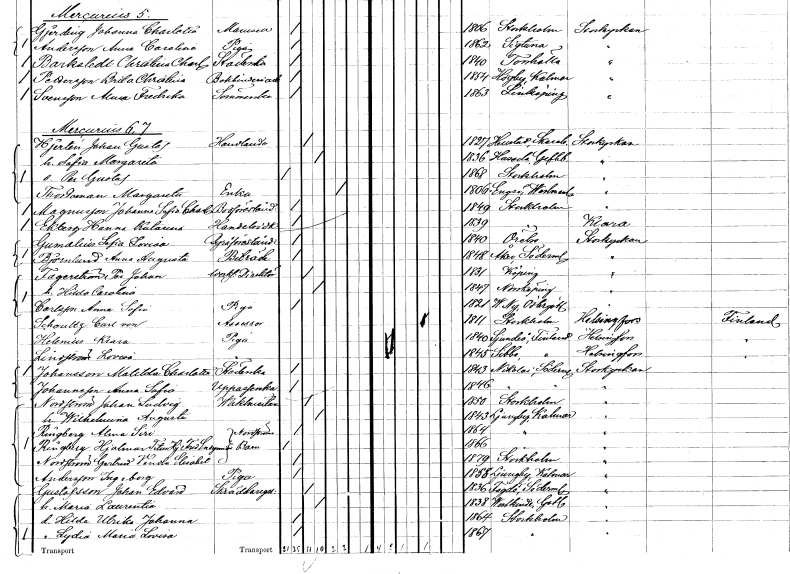
gt_parse: households: individuals: FN: Johan Gustaf
EN: Hjerten
YRKE: Handlande
KON: M
CIV: G
FODAR: 1827
FODFORS: Hällestad Skaraborgs län
FN: Sofia Margareta
KON: K
CIV: G
FODAR: 1836
FODFORS: Hassela Gävleborgs län
FN: Per Gustaf
KON: M
CIV: O
FODAR: 1868
FODFORS: Stockholm
FN: Margareta
EN: Thordman
YRKE: Änka
KON: K
CIV: E
FODAR: 1806
FODFORS: Ängsö Västmanlands län
FN: Johanna Sofia Charlotta
EN: Magnusson
YRKE: Bodföreståndarinna
KON: K
CIV: O
FODAR: 1849
FODFORS: Stockholm
FN: Hanna Katarina
EN: Ekberg
YRKE: Handelsbiträde
KON: K
CIV: O
FODAR: 1839
FODFORS: Stockholm
FN: Sofia Lovisa
EN: Gumalius
YRKE: Byråföreståndarinna
KON: K
CIV: O
FODAR: 1840
FODFORS: Örebro Örebro län
FN: Anna Augusta
EN: Björnlund
YRKE: Biträde
KON: K
CIV: O
FODAR: 1848
FODFORS: Åker Södermanlands län
FN: Per Johan
EN: Fagerström
YRKE: Verkstadsdirektör
KON: M
CIV: G
FODAR: 1831
FODFORS: Köping Västmanlands län
FN: Hilda Carolina
KON: K
CIV: G
FODAR: 1847
FODFORS: Norrköping Östergötlands län
FN: Anna Sofia
EN: Carlsson
YRKE: Piga
KON: K
CIV: O
FODAR: 1821
FODFORS: Västra Ny Östergötlands län
FN: Carl
EN: von Schoultz
YRKE: Assessor
KON: M
CIV: E
FODAR: 1811
FODFORS: Stockholm
FN: Klara
EN: Helenius
YRKE: Piga
KON: K
CIV: O
FODAR: 1840
FN: Lovisa
EN: Lindström
YRKE: Piga
KON: K
CIV: O
FODAR: 1845
FN: Matilda Charlotta
EN: Johansson
YRKE: Städerska
KON: K
CIV: O
FODAR: 1843
FODFORS: Nikolai Södermanlands län
FN: Anna Sofia
EN: Johansson
YRKE: Uppasserska
KON: K
CIV: O
FODAR: 1846
FODFORS: Nikolai Södermanlands län
FN: Johan Ludvig
EN: Nordström
YRKE: Vaktmästare
KON: M
CIV: G
FODAR: 1850
FODFORS: Stockholm
FN: Wilhelmina Augusta
KON: K
CIV: G
FODAR: 1843
FODFORS: Ljungby Kalmar län
FN: Alma Siri
EN: Ringberg
KON: K
CIV: O
FODAR: 1864
FODFORS: Ljungby Kalmar län
FN: Hjalmar Titus Hj. Fredrik Endymion
EN: Ringberg
KON: M
CIV: O
FODAR: 1866
FODFORS: Ljungby Kalmar län
FN: Gertrud Vendela Elisabet
EN: Nordström
KON: K
CIV: O
FODAR: 1879
FODFORS: Stockholm
FN: Ingeborg
EN: Andersson
YRKE: Piga
KON: K
CIV: O
FODAR: 1858
FODFORS: Ljungby Kalmar län
FN: Johan Edvard
EN: Gustafsson
YRKE: Skräddaregesäll
KON: M
CIV: G
FODAR: 1836
FODFORS: Fogdö Södermanlands län
FN: Maria Laurentia
KON: K
CIV: G
FODAR: 1838
FODFORS: Västkinde Gotlands län
FN: Hilda Ulrika Johanna
KON: K
CIV: O
FODAR: 1864
FODFORS: Stockholm
FN: Lydia Maria Lovisa
KON: K
CIV: O
FODAR: 1867
FODFORS: Stockholm